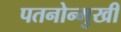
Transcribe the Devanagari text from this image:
पतनोन्मुखी